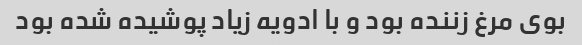
بوی مرغ زننده بود و با ادویه زیاد پوشیده شده بود